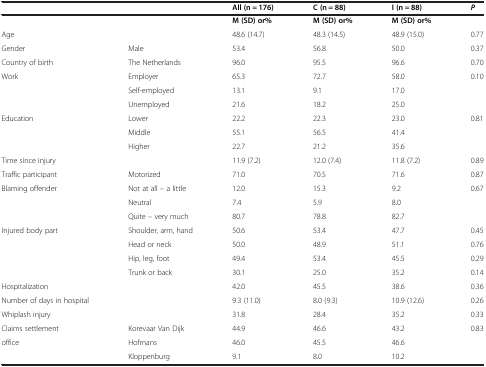
|  |  | All (n = 176) | C (n = 88) | I (n = 88) | P |
 | --- | --- | --- | --- | --- | --- |
 |  |  | M (SD) or% | M (SD) or% | M (SD) or% |  |
 | Age |  | 48.6 (14.7) | 48.3 (14.5) | 48.9 (15.0) | 0.77 |
 | Gender | Male | 53.4 | 56.8 | 50.0 | 0.37 |
 | Country of birth | The Netherlands | 96.0 | 95.5 | 96.6 | 0.70 |
 | Work | Employer | 65.3 | 72.7 | 58.0 | 0.10 |
 |  | Self-employed | 13.1 | 9.1 | 17.0 |  |
 |  | Unemployed | 21.6 | 18.2 | 25.0 |  |
 | Education | Lower | 22.2 | 22.3 | 23.0 | 0.81 |
 |  | Middle | 55.1 | 56.5 | 41.4 |  |
 |  | Higher | 22.7 | 21.2 | 35.6 |  |
 | <COLSPAN=2> Time since injury | 11.9 (7.2) | 12.0 (7.4) | 11.8 (7.2) | 0.89 |
 | Traffic participant | Motorized | 71.0 | 70.5 | 71.6 | 0.87 |
 | Blaming offender | Not at all – a little | 12.0 | 15.3 | 9.2 | 0.67 |
 |  | Neutral | 7.4 | 5.9 | 8.0 |  |
 |  | Quite – very much | 80.7 | 78.8 | 82.7 |  |
 | Injured body part | Shoulder, arm, hand | 50.6 | 53.4 | 47.7 | 0.45 |
 |  | Head or neck | 50.0 | 48.9 | 51.1 | 0.76 |
 |  | Hip, leg, foot | 49.4 | 53.4 | 45.5 | 0.29 |
 |  | Trunk or back | 30.1 | 25.0 | 35.2 | 0.14 |
 | Hospitalization |  | 42.0 | 45.5 | 38.6 | 0.36 |
 | Number of days in hospital |  | 9.3 (11.0) | 8.0 (9.3) | 10.9 (12.6) | 0.26 |
 | <COLSPAN=2> Whiplash injury | 31.8 | 28.4 | 35.2 | 0.33 |
 | Claims settlement | Korevaar Van Dijk | 44.9 | 46.6 | 43.2 | 0.83 |
 | office | Hofmans | 46.0 | 45.5 | 46.6 |  |
 |  | Kloppenburg | 9.1 | 8.0 | 10.2 |  |